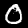
Digit: 0